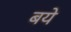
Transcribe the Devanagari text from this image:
बये